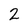
Character: 2